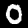
Digit: 0